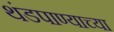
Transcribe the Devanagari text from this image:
थंडपाण्याच्या